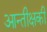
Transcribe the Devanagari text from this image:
आन्तीक्षकी